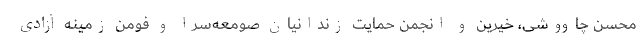
محسن چاووشی، خیرین و انجمن حمایت زندانیان صومعه‌سرا و فومن زمینه آزادی